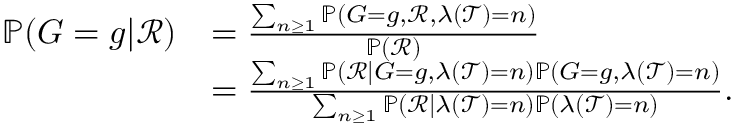
\begin{array} { r l } { \mathbb { P } ( G = g | \mathcal { R } ) } & { = \frac { \sum _ { n \geq 1 } \mathbb { P } ( G = g , \mathcal { R } , \lambda ( \mathcal { T } ) = n ) } { \mathbb { P } ( \mathcal { R } ) } } \\ & { = \frac { \sum _ { n \geq 1 } \mathbb { P } ( \mathcal { R } | G = g , \lambda ( \mathcal { T } ) = n ) \mathbb { P } ( G = g , \lambda ( \mathcal { T } ) = n ) } { \sum _ { n \geq 1 } \mathbb { P } ( \mathcal { R } | \lambda ( \mathcal { T } ) = n ) \mathbb { P } ( \lambda ( \mathcal { T } ) = n ) } . } \end{array}